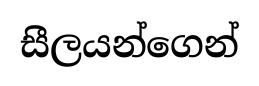
සීලයන්ගෙන්